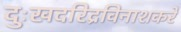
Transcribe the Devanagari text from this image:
दुःखदरिद्रविनाशकरे